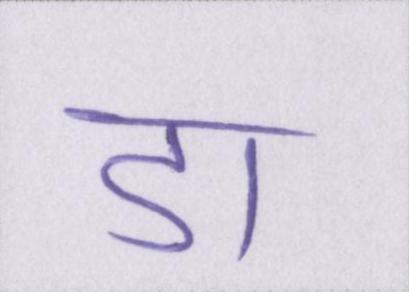
डा